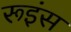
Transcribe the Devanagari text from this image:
रूइंस